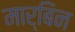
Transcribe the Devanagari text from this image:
मार्बिन